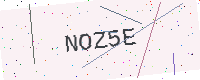
Text: NOZ5E